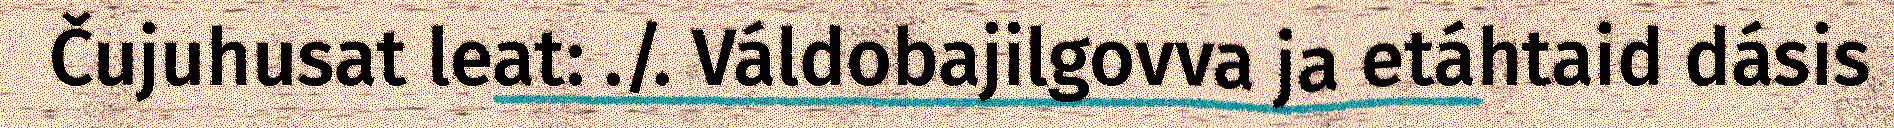
Čujuhusat leat: ./. Váldobajilgovva ja etáhtaid dásis